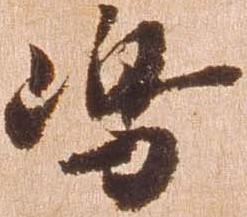
嶋